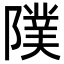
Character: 䧤